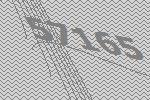
57165